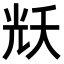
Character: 𭀦